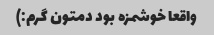
واقعا خوشمزه بود دمتون گرم:)